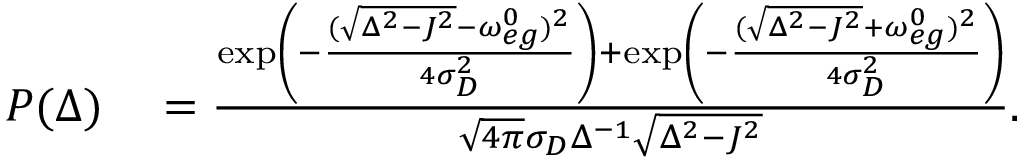
\begin{array} { r l } { P ( \Delta ) } & { { } = \frac { \exp \left( - \frac { ( \sqrt { \Delta ^ { 2 } - J ^ { 2 } } - \omega _ { e g } ^ { 0 } ) ^ { 2 } } { 4 \sigma _ { D } ^ { 2 } } \right) + \exp \left( - \frac { ( \sqrt { \Delta ^ { 2 } - J ^ { 2 } } + \omega _ { e g } ^ { 0 } ) ^ { 2 } } { 4 \sigma _ { D } ^ { 2 } } \right) } { \sqrt { 4 \pi } \sigma _ { D } \Delta ^ { - 1 } \sqrt { \Delta ^ { 2 } - J ^ { 2 } } } . } \end{array}